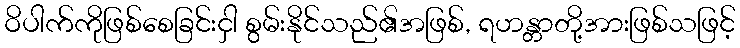
ဝိပါက်ကိုဖြစ်စေခြင်းငှါ စွမ်းနိုင်သည်၏အဖြစ်, ရဟန္တာတို့အားဖြစ်သဖြင့်